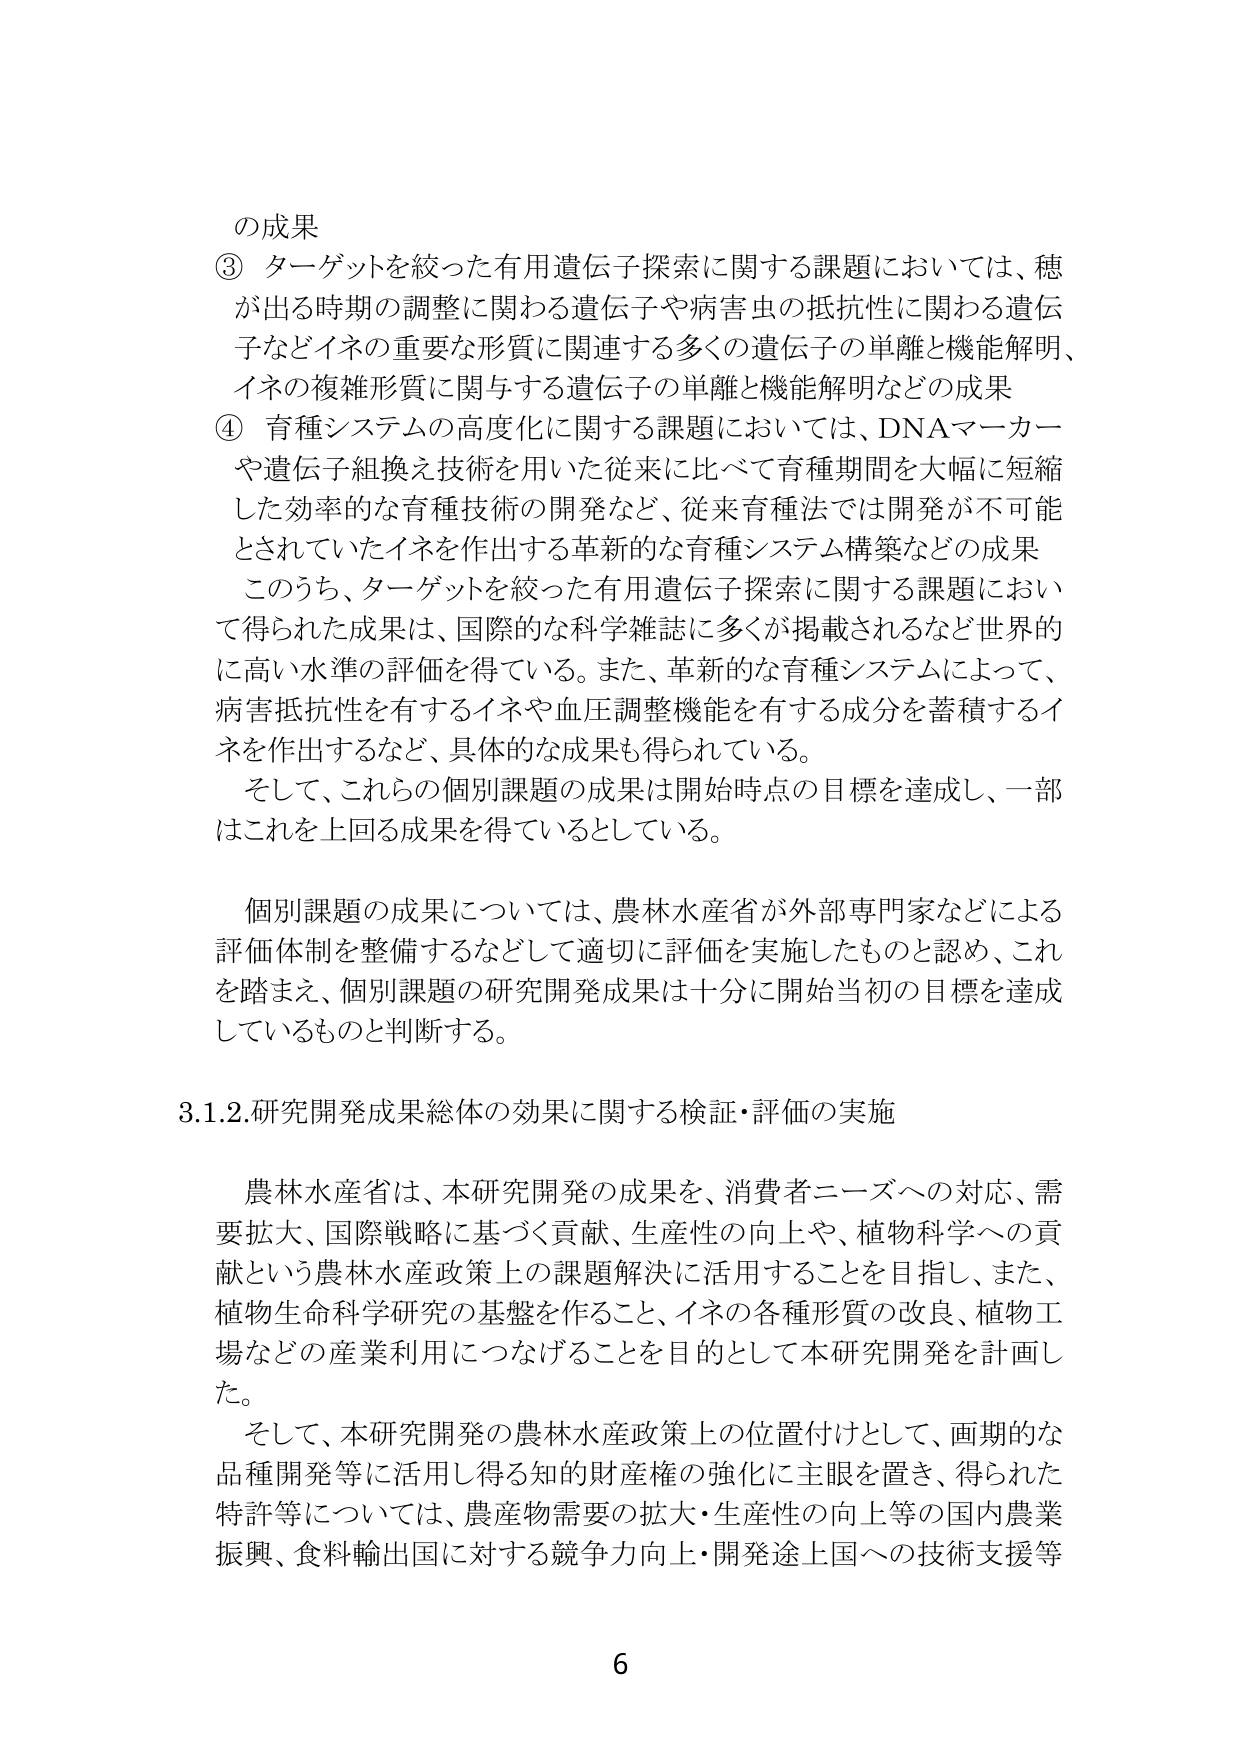
の成果
③ ターゲットを絞った有用遺伝子探索に関する課題においては、穂が出る時期の調整に関わる遺伝子や病害虫の抵抗性に関わる遺伝子などイネの重要な形質に関連する多くの遺伝子の単離と機能解明、イネの複雑形質に関与する遺伝子の単離と機能解明などの成果
④ 育種システムの高度化に関する課題においては、DNAマーカーや遺伝子組換え技術を用いた従来に比べて育種期間を大幅に短縮した効率的な育種技術の開発など、従来育種法では開発が不可能とされていたイネを作出する革新的な育種システム構築などの成果
このうち、ターゲットを絞った有用遺伝子探索に関する課題において得られた成果は、国際的な科学雑誌に多くが掲載されるなど世界的に高い水準の評価を得ている。また、革新的な育種システムによって、病害抵抗性を有するイネや血圧調整機能を有する成分を蓄積するイネを作出するなど、具体的な成果も得られている。
そして、これらの個別課題の成果は開始時点の目標を達成し、一部はこれを上回る成果を得ているとしている。

個別課題の成果については、農林水産省が外部専門家などによる評価体制を整備するなどして適切に評価を実施したものと認め、これを踏まえ、個別課題の研究開発成果は十分に開始当初の目標を達成しているものと判断する。

3.1.2.研究開発成果総体の効果に関する検証・評価の実施

農林水産省は、本研究開発の成果を、消費者ニーズへの対応、需要拡大、国際戦略に基づく貢献、生産性の向上や、植物科学への貢献という農林水産政策上の課題解決に活用することを目指し、また、植物生命科学研究の基盤を作ること、イネの各種形質の改良、植物工場などの産業利用につなげることを目的として本研究開発を計画した。
そして、本研究開発の農林水産政策上の位置付けとして、画期的な品種開発等に活用し得る知的財産権の強化に主眼を置き、得られた特許等については、農産物需要の拡大・生産性の向上等の国内農業振興、食料輸出国に対する競争力向上・開発途上国への技術支援等

6